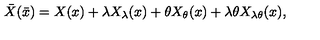
\bar { X } ( \bar { x } ) = X ( x ) + \lambda X _ { \lambda } ( x ) + \theta X _ { \theta } ( x ) + \lambda \theta X _ { \lambda \theta } ( x ) ,